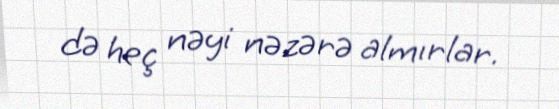
də heç nəyi nəzərə almırlar.